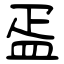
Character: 㿿